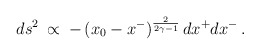
\begin{align*}ds^{2} \: \propto \:-\,(x_{0} - x^{-})^{\frac{2}{2\gamma - 1}}\,dx^{+}dx^{-} \,.\end{align*}